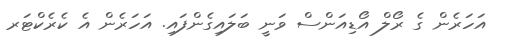
އަހަރެން ގެ ރޯލް އޯޑިއަންސް ވަނީ ބަލައިގެންފައި. އަހަރެން އެ ކެރެކްޓަރ